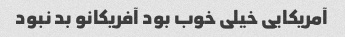
آمریکایی خیلی خوب بود آفریکانو بد نبود